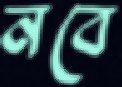
নবে